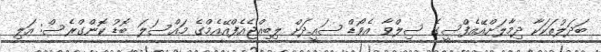
ބަދަލުތަކަކާ ދިމާލަށްއޭއެފްސީގެ ސިލްވާ އެވޯޑް ސައީދަށް ލިބިއްޖެއެފްއޭއެމްގެ މައްސަލަ ބޮޑު ކޮންގްރެސް: އަލި